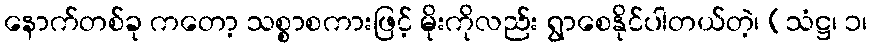
နောက်တစ်ခု ကတော့ သစ္စာစကားဖြင့် မိုးကိုလည်း ရွာစေနိုင်ပါတယ်တဲ့၊ (သံဋ္ဌ၊ ၁၊